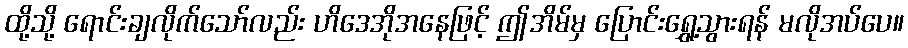
ထို့သို့ ရောင်းချလိုက်သော်လည်း ဟိဒေအိုအနေဖြင့် ဤအိမ်မှ ပြောင်းရွှေ့သွားရန် မလိုအပ်ပေ။